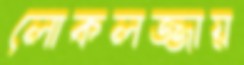
লোকলজ্জায়